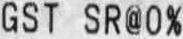
GST SR@0%